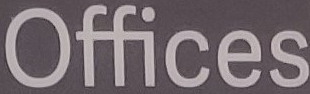
Offices